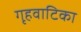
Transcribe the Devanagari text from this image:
गृहवाटिका